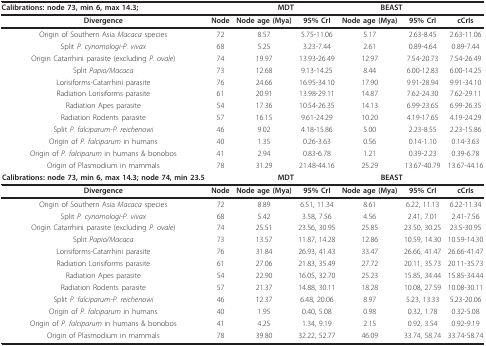
<table><thead><tr><td><b>Calibrations: node 73, min 6, max 14.3;</b></td><td></td><td colspan="2"><b>MDT</b></td><td colspan="2"><b>BEAST</b></td><td></td></tr></thead><tbody><tr><td><b>Divergence</b></td><td><b>Node</b></td><td><b>Node age (Mya)</b></td><td><b>95% CrI</b></td><td><b>Node age (Mya)</b></td><td><b>95% CrI</b></td><td><b>cCrIs</b></td></tr><tr><td>Origin of Southern Asia <i>Macaca </i>species</td><td>72</td><td>8.57</td><td>5.75-11.06</td><td>5.17</td><td>2.63-8.45</td><td>2.63-11.06</td></tr><tr><td>Split <i>P. cynomologi-P. vivax</i></td><td>68</td><td>5.25</td><td>3.23-7.44</td><td>2.61</td><td>0.89-4.64</td><td>0.89-7.44</td></tr><tr><td>Origin Catarrhini parasite (excluding <i>P. ovale</i>)</td><td>74</td><td>19.97</td><td>13.93-26.49</td><td>12.97</td><td>7.54-20.73</td><td>7.54-26.49</td></tr><tr><td>Split <i>Papio/Macaca</i></td><td>73</td><td>12.68</td><td>9.13-14.25</td><td>8.44</td><td>6.00-12.83</td><td>6.00-14.25</td></tr><tr><td>Lorisiforms-Catarrhini parasite</td><td>76</td><td>24.66</td><td>16.95-34.10</td><td>17.90</td><td>9.91-28.94</td><td>9.91-34.10</td></tr><tr><td>Radiation Lorisiforms parasite</td><td>61</td><td>20.91</td><td>13.98-29.11</td><td>14.87</td><td>7.62-24.30</td><td>7.62-29.11</td></tr><tr><td>Radiation Apes parasite</td><td>54</td><td>17.36</td><td>10.54-26.35</td><td>14.13</td><td>6.99-23.65</td><td>6.99-26.35</td></tr><tr><td>Radiation Rodents parasite</td><td>57</td><td>16.15</td><td>9.61-24.29</td><td>10.20</td><td>4.19-17.65</td><td>4.19-24.29</td></tr><tr><td>Split <i>P. falciparum-P. reichenowi</i></td><td>46</td><td>9.02</td><td>4.18-15.86</td><td>5.00</td><td>2.23-8.55</td><td>2.23-15.86</td></tr><tr><td>Origin of <i>P. falciparum </i>in humans</td><td>40</td><td>1.35</td><td>0.26-3.63</td><td>0.56</td><td>0.14-1.10</td><td>0.14-3.63</td></tr><tr><td>Origin of <i>P. falciparum </i>in humans &amp; bonobos</td><td>41</td><td>2.94</td><td>0.83-6.78</td><td>1.21</td><td>0.39-2.23</td><td>0.39-6.78</td></tr><tr><td>Origin of Plasmodium in mammals</td><td>78</td><td>31.29</td><td>21.48-44.16</td><td>25.29</td><td>13.67-40.79</td><td>13.67-44.16</td></tr><tr><td><b>Calibrations: node 73, min 6, max 14.3; node 74, min 23.5</b></td><td></td><td colspan="2"><b>MDT</b></td><td colspan="2"><b>BEAST</b></td><td></td></tr><tr><td><b>Divergence</b></td><td><b>Node</b></td><td><b>Node age (Mya)</b></td><td><b>95% CrI</b></td><td><b>Node age (Mya)</b></td><td><b>95% CrI</b></td><td><b>cCrIs</b></td></tr><tr><td>Origin of Southern Asia <i>Macaca </i>species</td><td>72</td><td>8.89</td><td>6.51, 11.34</td><td>8.61</td><td>6.22, 11.13</td><td>6.22-11.34</td></tr><tr><td>Split <i>P. cynomologi-P. vivax</i></td><td>68</td><td>5.42</td><td>3.58, 7.56</td><td>4.56</td><td>2.41, 7.01</td><td>2.41-7.56</td></tr><tr><td>Origin Catarrhini parasite (excluding <i>P. ovale</i>)</td><td>74</td><td>25.51</td><td>23.56, 30.95</td><td>25.85</td><td>23.50, 30.25</td><td>23.5-30.95</td></tr><tr><td>Split <i>Papio/Macaca</i></td><td>73</td><td>13.57</td><td>11.87, 14.28</td><td>12.86</td><td>10.59, 14.30</td><td>10.59-14.30</td></tr><tr><td>Lorisiforms-Catarrhini parasite</td><td>76</td><td>31.84</td><td>26.93, 41.43</td><td>33.47</td><td>26.66, 41.47</td><td>26.66-41.47</td></tr><tr><td>Radiation Lorisiforms parasite</td><td>61</td><td>27.06</td><td>21.83, 35.49</td><td>27.72</td><td>20.11, 35.73</td><td>20.11-35.73</td></tr><tr><td>Radiation Apes parasite</td><td>54</td><td>22.90</td><td>16.05, 32.70</td><td>25.23</td><td>15.85, 34.44</td><td>15.85-34.44</td></tr><tr><td>Radiation Rodents parasite</td><td>57</td><td>21.37</td><td>14.88, 30.11</td><td>18.28</td><td>10.08, 27.59</td><td>10.08-30.11</td></tr><tr><td>Split <i>P. falciparum-P. reichenowi</i></td><td>46</td><td>12.37</td><td>6.48, 20.06</td><td>8.97</td><td>5.23, 13.33</td><td>5.23-20.06</td></tr><tr><td>Origin of <i>P. falciparum </i>in humans</td><td>40</td><td>1.95</td><td>0.40, 5.08</td><td>0.98</td><td>0.32, 1.78</td><td>0.32-5.08</td></tr><tr><td>Origin of <i>P. falciparum </i>in humans &amp; bonobos</td><td>41</td><td>4.25</td><td>1.34, 9.19</td><td>2.15</td><td>0.92, 3.54</td><td>0.92-9.19</td></tr><tr><td>Origin of Plasmodium in mammals</td><td>78</td><td>39.80</td><td>32.22, 52.77</td><td>46.09</td><td>33.74, 58.74</td><td>33.74-58.74</td></tr></tbody></table>